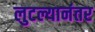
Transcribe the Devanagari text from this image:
लुटल्यानंतर